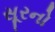
સૂરનો